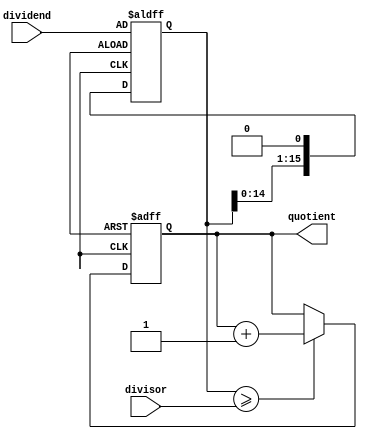
module Fractional_Divider (
    input wire [15:0] dividend,
    input wire [15:0] divisor,
    output reg [15:0] quotient
);

reg [15:0] remainder;
reg [15:0] shift_divisor;

always @ (posedge clk or negedge reset) begin
    if (!reset) begin
        quotient <= 16'h0;
        remainder <= dividend;
        shift_divisor <= divisor << 1;
    end else begin
        if (remainder >= divisor) begin
            quotient <= quotient + 1;
            remainder <= remainder - divisor;
        end
        shift_divisor <= shift_divisor >> 1;
        remainder <= remainder << 1;
    end
end

endmodule